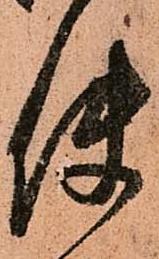
使